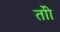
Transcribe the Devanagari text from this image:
तोी